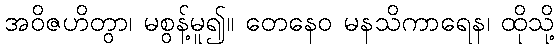
အဝိဇဟိတွာ၊ မစွန့်မူ၍။ တေနေဝ မနသိကာရေန၊ ထိုသို့